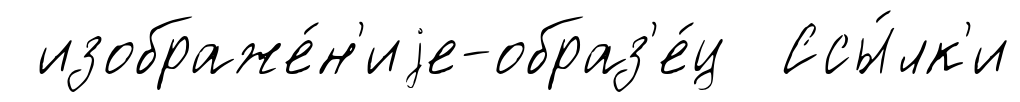
изображе́н'иjе-образ'е́ц Ссы́лк'и